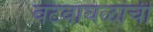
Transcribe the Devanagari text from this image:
वटवाघळांची